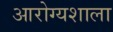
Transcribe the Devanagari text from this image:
आरोग्यशाला